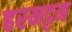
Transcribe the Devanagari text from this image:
हरमट्टम